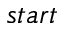
s t a r t